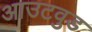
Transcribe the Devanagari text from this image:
आउटवुड